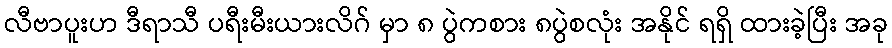
လီဗာပူးဟ ဒီရာသီ ပရီးမီးယားလိဂ် မှာ ၈ ပွဲကစား ၈ပွဲစလုံး အနိုင် ရရှိ ထားခဲ့ပြီး အခု